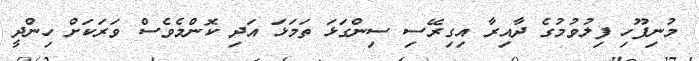
މުނިފޫހި ފިލުވުމުގެ ދާއިރާ އިގިރޭސި ސިންގަޅަ ތަމަޅަ އަދި ކޮންމެވެސް ވަރަކަށް ހިންދީ